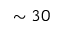
\sim 3 0